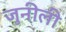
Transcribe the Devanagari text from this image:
जुनीली